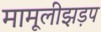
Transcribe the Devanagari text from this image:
मामूलीझड़प